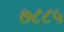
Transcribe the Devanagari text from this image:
७८८५